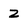
Character: 2